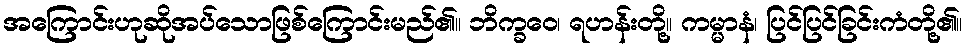
အကြောင်းဟုဆိုအပ်သောဖြစ်ကြောင်းမည်၏။ ဘိက္ခဝေ၊ ရဟန်းတို့။ ကမ္မာနံ၊ ပြင်ပြင်ခြင်းကံတို့၏။